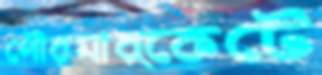
পৌরমার্কেটে